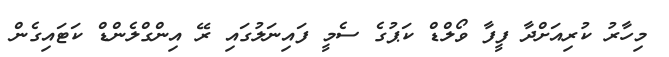
މިހާރު ކުރިއަށްދާ ފީފާ ވޯލްޑް ކަޕުގެ ސެމީ ފައިނަލުގައި ރޭ އިންގްލެންޑް ކަޓައިގެން